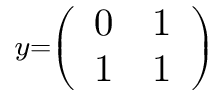
\scriptstyle y = \left( { \begin{array} { l l } { 0 } & { 1 } \\ { 1 } & { 1 } \end{array} } \right)